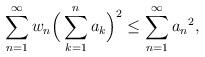
LaTeX: \begin{align*}{}\displaystyle\sum_{n=1}^{\infty}w_n\Big(\sum_{k=1}^{n}a_k\Big)^2\leq\sum_{n=1}^{\infty}{a_n}^2,\end{align*}